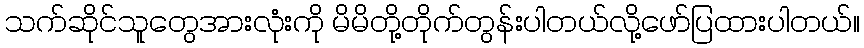
သက်ဆိုင်သူတွေအားလုံးကို မိမိတို့တိုက်တွန်းပါတယ်လို့ဖော်ပြထားပါတယ်။